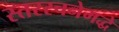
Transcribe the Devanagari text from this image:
स्तररचनेमद्धे